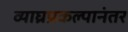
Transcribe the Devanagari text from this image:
व्याघ्रप्रकल्पानंतर